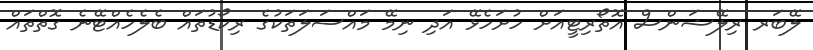
ލޭބަރ ރިލޭޝަންސް އޮތޯރިޓީއަށް ހުށަހެޅޭ އަދި ނިމޭ މައްސަލަތަކުގެ ރިކޯޑުތައް ބެލެހެއްޓޭނެ ގޮތްތައް